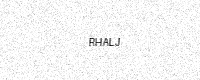
Text: RHALJ